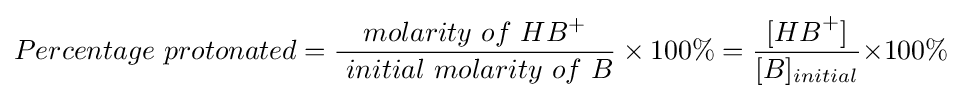
Percentage\ protonated={molarity\ of\ HB^{+} \over \ initial\ molarity\ of\ B}\times 100\%={[{HB}^{+}] \over [B]_{initial}}{\times 100\%}